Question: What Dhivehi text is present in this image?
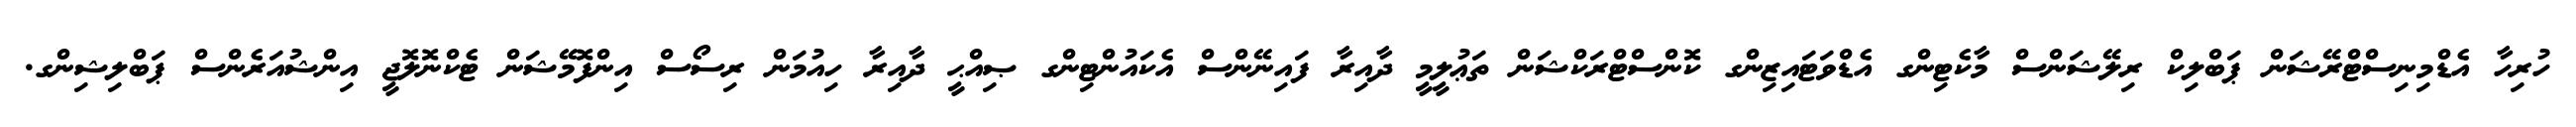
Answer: ހުރިހާ އެޑްމިނިސްޓްރޭޝަން ޕަބްލިކް ރިލޭޝަންސް މާކެޓިންގ އެޑްވަޓައިޒިންގ ކޮންސްޓްރަކްޝަން ތަޢުލީމީ ދާއިރާ ފައިނޭންސް އެކައުންޓިންގ ޞިއްޙީ ދާއިރާ ހިއުމަން ރިސޯސް އިންފޮމޭޝަން ޓެކްނޮލޮޖީ އިންޝުއަރެންސް ޕަބްލިޝިންގ.